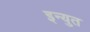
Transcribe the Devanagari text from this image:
इन्युत